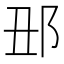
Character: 𨙺